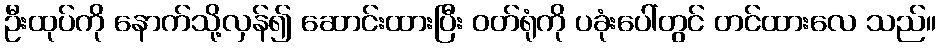
ဦးထုပ်ကို နောက်သို့လှန်၍ ဆောင်းထားပြီး ဝတ်ရုံကို ပခုံးပေါ်တွင် တင်ထားလေ သည်။